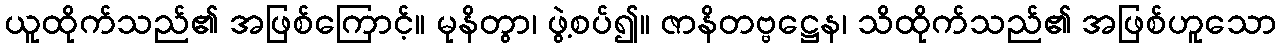
ယူထိုက်သည်၏ အဖြစ်ကြောင့်။ မုနိတွာ၊ ဖွဲ့စပ်၍။ ဇာနိတဗ္ဗဋ္ဌေန၊ သိထိုက်သည်၏ အဖြစ်ဟူသော